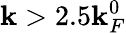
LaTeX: \mathbf{k}>2.5\mathbf{k}_{F}^{0}